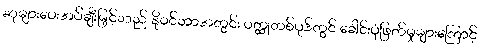
ဆုများပေးအပ်ချီးမြှင့်သည် နိုဝင်ဘာအတွင်း ဝတ္ထုတစ်ပုဒ်တွင် ခေါင်းပုံဖြတ်မှုများကြောင့်